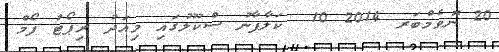
20 ނޮވެމްބަރ 2014 10  ކަލާފާނު ސްކޫލުގައި މިއަދު ރިޕޯޓު ފޯމް